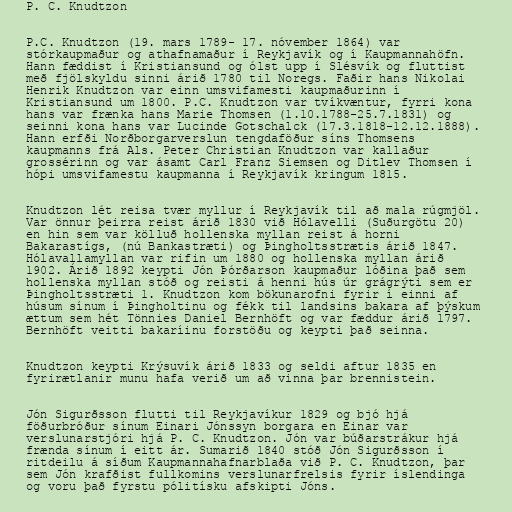
P. C. Knudtzon

P.C. Knudtzon (19. mars 1789- 17. nóvember 1864) var
stórkaupmaður og athafnamaður í Reykjavík og í Kaupmannahöfn.
Hann fæddist í Kristiansund og ólst upp í Slésvík og fluttist
með fjölskyldu sinni árið 1780 til Noregs. Faðir hans Nikolai
Henrik Knudtzon var einn umsvifamesti kaupmaðurinn í
Kristiansund um 1800. P.C. Knudtzon var tvíkvæntur, fyrri kona
hans var frænka hans Marie Thomsen (1.10.1788-25.7.1831) og
seinni kona hans var Lucinde Gotschalck (17.3.1818-12.12.1888).
Hann erfði Norðborgarverslun tengdaföður síns Thomsens
kaupmanns frá Als. Peter Christian Knudtzon var kallaður
grossérinn og var ásamt Carl Franz Siemsen og Ditlev Thomsen í
hópi umsvifamestu kaupmanna í Reykjavík kringum 1815.

Knudtzon lét reisa tvær myllur í Reykjavík til að mala rúgmjöl.
Var önnur þeirra reist árið 1830 við Hólavelli (Suðurgötu 20)
en hin sem var kölluð hollenska myllan reist á horni
Bakarastígs, (nú Bankastræti) og Þingholtsstrætis árið 1847.
Hólavallamyllan var rifin um 1880 og hollenska myllan árið
1902. Árið 1892 keypti Jón Þórðarson kaupmaður lóðina það sem
hollenska myllan stóð og reisti á henni hús úr grágrýti sem er
Þingholtsstræti 1. Knudtzon kom bökunarofni fyrir í einni af
húsum sínum í Þingholtinu og fékk til landsins bakara af þýskum
ættum sem hét Tönnies Daniel Bernhöft og var fæddur árið 1797.
Bernhöft veitti bakaríinu forstöðu og keypti það seinna.

Knudtzon keypti Krýsuvík árið 1833 og seldi aftur 1835 en
fyrirætlanir munu hafa verið um að vinna þar brennistein.

Jón Sigurðsson flutti til Reykjavíkur 1829 og bjó hjá
föðurbróður sínum Einari Jónssyn borgara en Einar var
verslunarstjóri hjá P. C. Knudtzon. Jón var búðarstrákur hjá
frænda sínum í eitt ár. Sumarið 1840 stóð Jón Sigurðsson í
ritdeilu á síðum Kaupmannahafnarblaða við P. C. Knudtzon, þar
sem Jón krafðist fullkomins verslunarfrelsis fyrir íslendinga
og voru það fyrstu pólitísku afskipti Jóns.